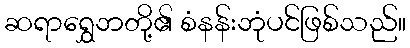
ဆရာရွှေဘတို့၏ စံနန်းဘုံပင်ဖြစ်သည်။